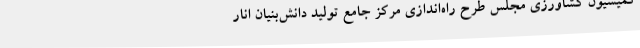
کمیسیون کشاورزی مجلس طرح راه‌اندازی مرکز جامع تولید دانش‌بنیان انار